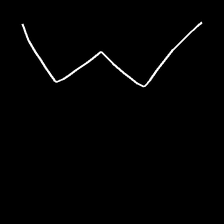
Glyph: crush